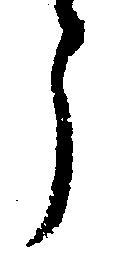
う